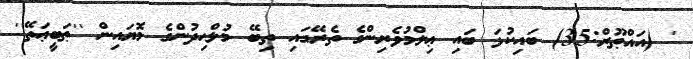
' (އައްޠޫރް:35) ބައިކުޅަ ބައި ޢިލްމުވެރިންގެ ތެރޭގައި ތިބޭ މުލްޙިދުންގެ މޮޔައިން ''ޠަބީޢަތޭ''